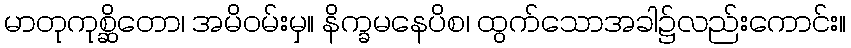
မာတုကုစ္ဆိတော၊ အမိဝမ်းမှ။ နိက္ခမနေပိစ၊ ထွက်သောအခါ၌လည်းကောင်း။